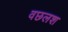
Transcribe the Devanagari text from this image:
वछलश